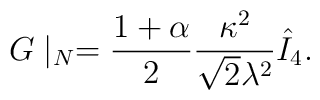
G\mid_N = {1 + \alpha \over 2} {\kappa^2 \over \sqrt{2} \lambda^2}\hat{I}_4.